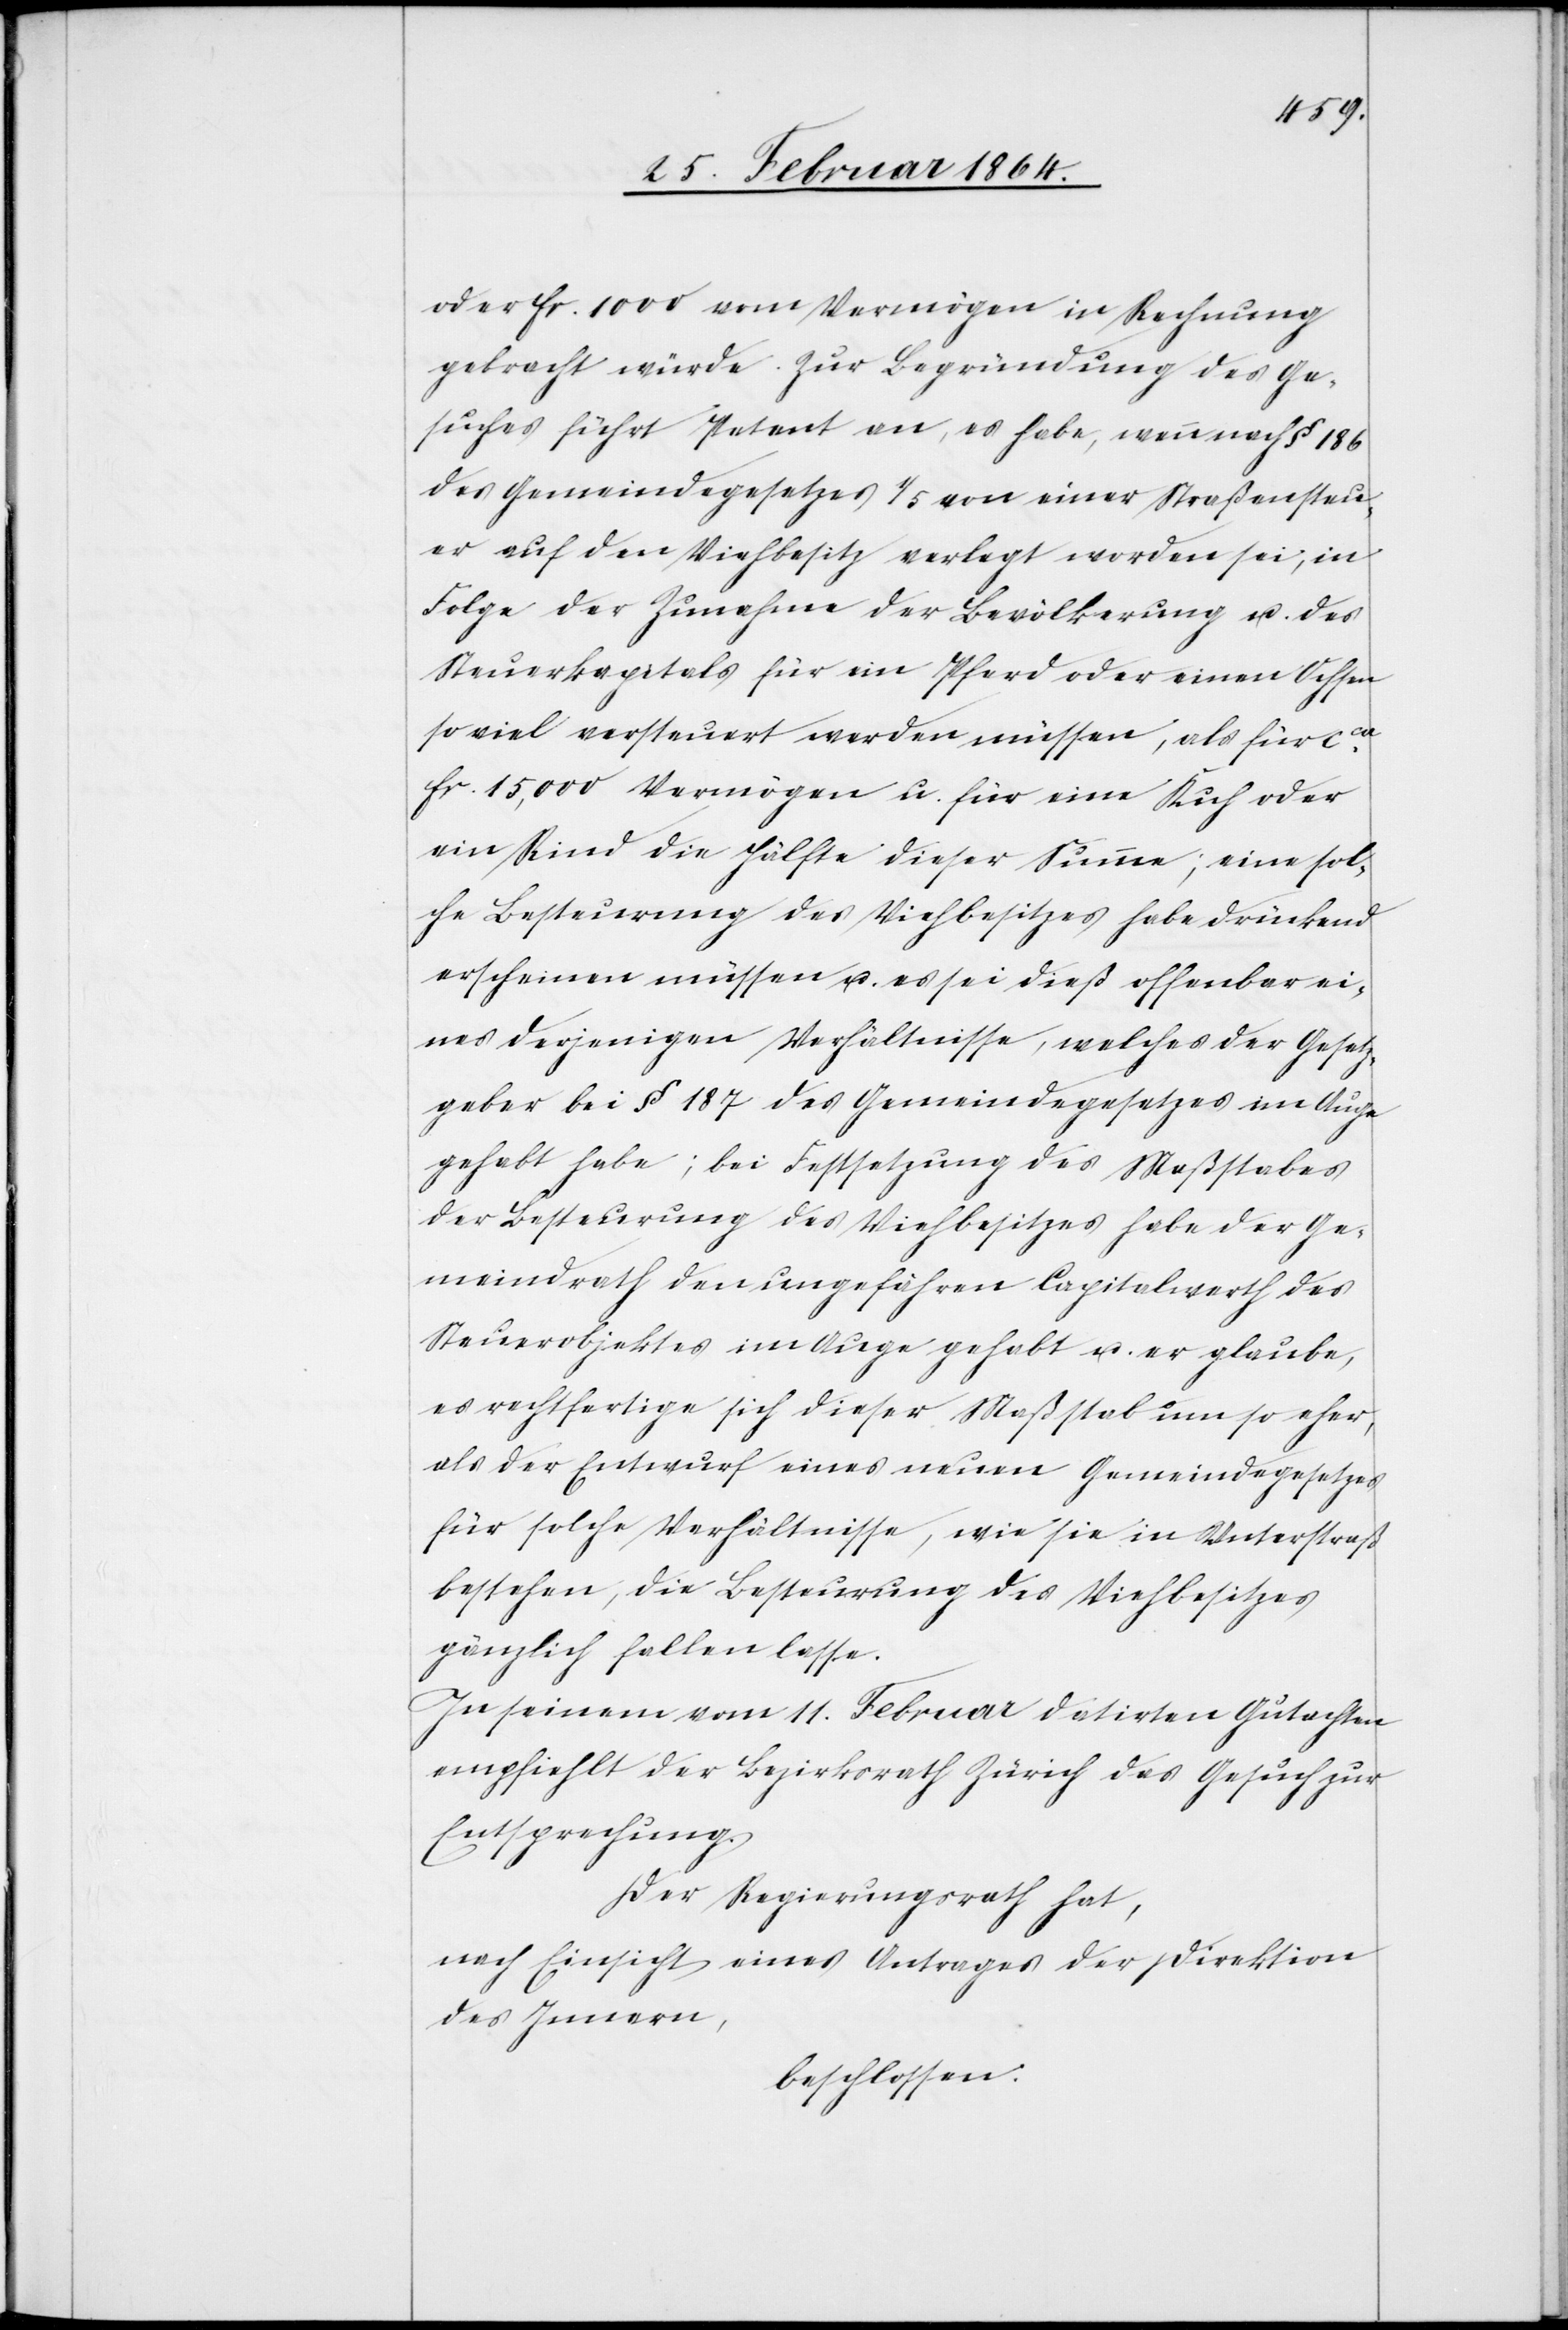
oder fr. 1000 vom Vermögen in Rechnung
gebracht würde. Zur Begründung des Ge¬
suches führt Petent an, es habe, wenn nach § 186
des Gemeindegesetzes 1/5 von einer Straßensteu¬
er auf den Viehbesitz verlegt worden sei, in
Folge der Zunahme der Bevölkerung u. des
Steuerkapitals für ein Pferd oder einen Ochsen
so viel versteuert werden müssen, als für cca
fr. 15,000 Vermögen u. für eine Kuh oder
ein Rind die Hälfte dieser Summe; eine sol¬
che Besteuerung des Viehbesitzes habe drückend
erscheinen müssen u. es sei dieß offenbar ei¬
nes derjenigen Verhältnisse, welches der Gesetz¬
geber bei § 187 des Gemeindegesetzes im Auge
gehabt habe, bei Festsetzung des Maßstabes
der Besteuerung des Viehbesitzes habe der Ge¬
meindrath den ungefähren Capitalwerth des
Steuerobjektes im Auge gehabt u. er glaube,
es rechtfertige sich dieser Maßstab um so eher,
als der Entwurf eines neuen Gemeindegesetzes
für solche Verhältnisse, wie sie in Unterstraß
bestehen, die Besteuerung des Viehbesitzes
gänzliche fallen lasse.
In seinem vom 11. Februar datirten Gutachten
empfiehlt der Bezirksrath Zürich das Gesuch zur
Entsprechung.
Der Regierungsrath hat,
nach Einsicht eines Antrages der Direktion
des Innern,
beschlossen.